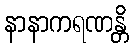
နာနာကရဏန္တိ